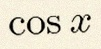
\cos x